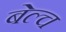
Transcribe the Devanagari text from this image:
बेल्च